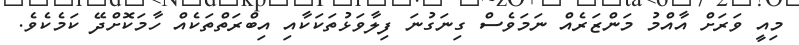
މިއީ ވަރަށް އާއްމު މަންޒަރެއް ނަމަވެސް ގިނަގުނަ ފިލާވަޅުތަކަކާއި އިބްރަތްތަކެއް ހާމަކޮށްދޭ ކަމެކެވެ.